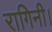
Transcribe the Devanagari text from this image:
रागिनी।